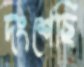
দংশেছি